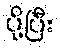
ပို့ပြီး